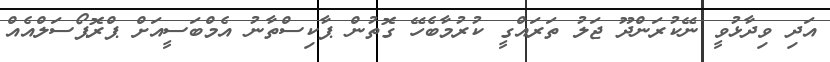
އަދި ވިދާޅުވީ ނޭކުރަންދޫ ޖަލު ތަރައްގީ ކުރުމާބެހޭ ގޮތުން ޕާކިސްތާނު އެމްބަސީއަށް ޕްރޮޕޯސަލްއެއް